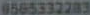
0565332283